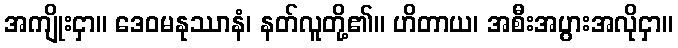
အကျိုးငှာ။ ဒေဝမနုဿာနံ၊ နတ်လူတို့၏။ ဟိတာယ၊ အစီးအပွားအလိုငှာ။